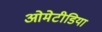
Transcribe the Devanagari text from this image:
ओमेटीडिया